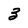
Character: 3